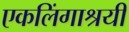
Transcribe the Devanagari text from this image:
एकलिंगाश्रयी